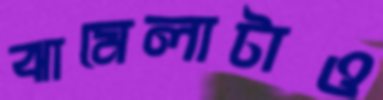
ঝামেলাটাও